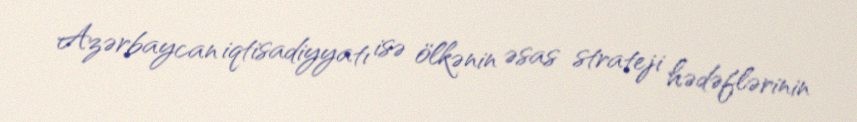
Azərbaycan iqtisadiyyatı isə ölkənin əsas strateji hədəflərinin